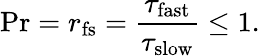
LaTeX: \mathrm{Pr}=r_{\mathrm{fs}}=\frac{\tau_{\mathrm{fast}}}{\tau_{\mathrm{slow}}}\le 1.